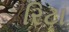
રિટા